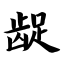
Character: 龊